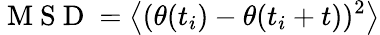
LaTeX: \mathrm{~M~S~D~}=\left<(\theta(t_{i})-\theta(t_{i}+t))^{2}\right>